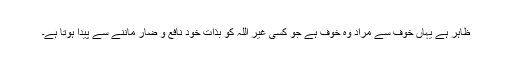
ظاہر ہے یہاں خوف سے مراد وہ خوف ہے جو کسی غیر اللہ کو بذات خود نافع و ضار ماننے سے پیدا ہوتا ہے۔